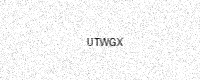
Text: UTWGX